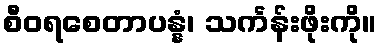
စီဝရစေတာပန္နံ၊ သင်္ကန်းဖိုးကို။